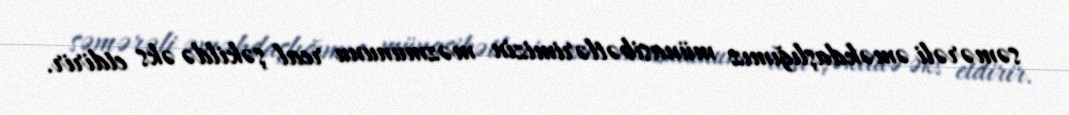
səmərəli əməkdaşlığımız münasibətlərimizin məzmununu real şəkildə əks etdirir.